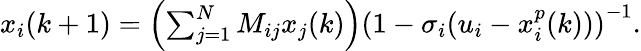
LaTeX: \begin{array}{r}{x_{i}(k+1)=\left(\sum_{j=1}^{N}M_{ij}x_{j}(k)\right)\left(1-\sigma_{i}(u_{i}-x_{i}^{p}(k))\right)^{-1}.}\end{array}